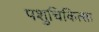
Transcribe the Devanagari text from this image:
पशुचिकित्‍सा